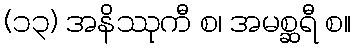
(၁၃) အနိဿုကီ စ၊ အမစ္ဆရီ စ။